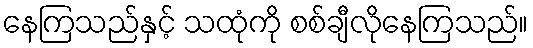
နေကြသည်နှင့် သထုံကို စစ်ချီလိုနေကြသည်။